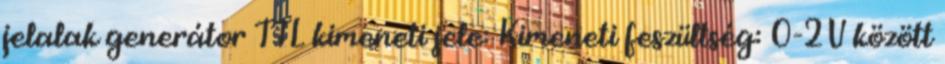
jelalak generátor TTL kimeneti jele: Kimeneti feszültség: 0-2V között